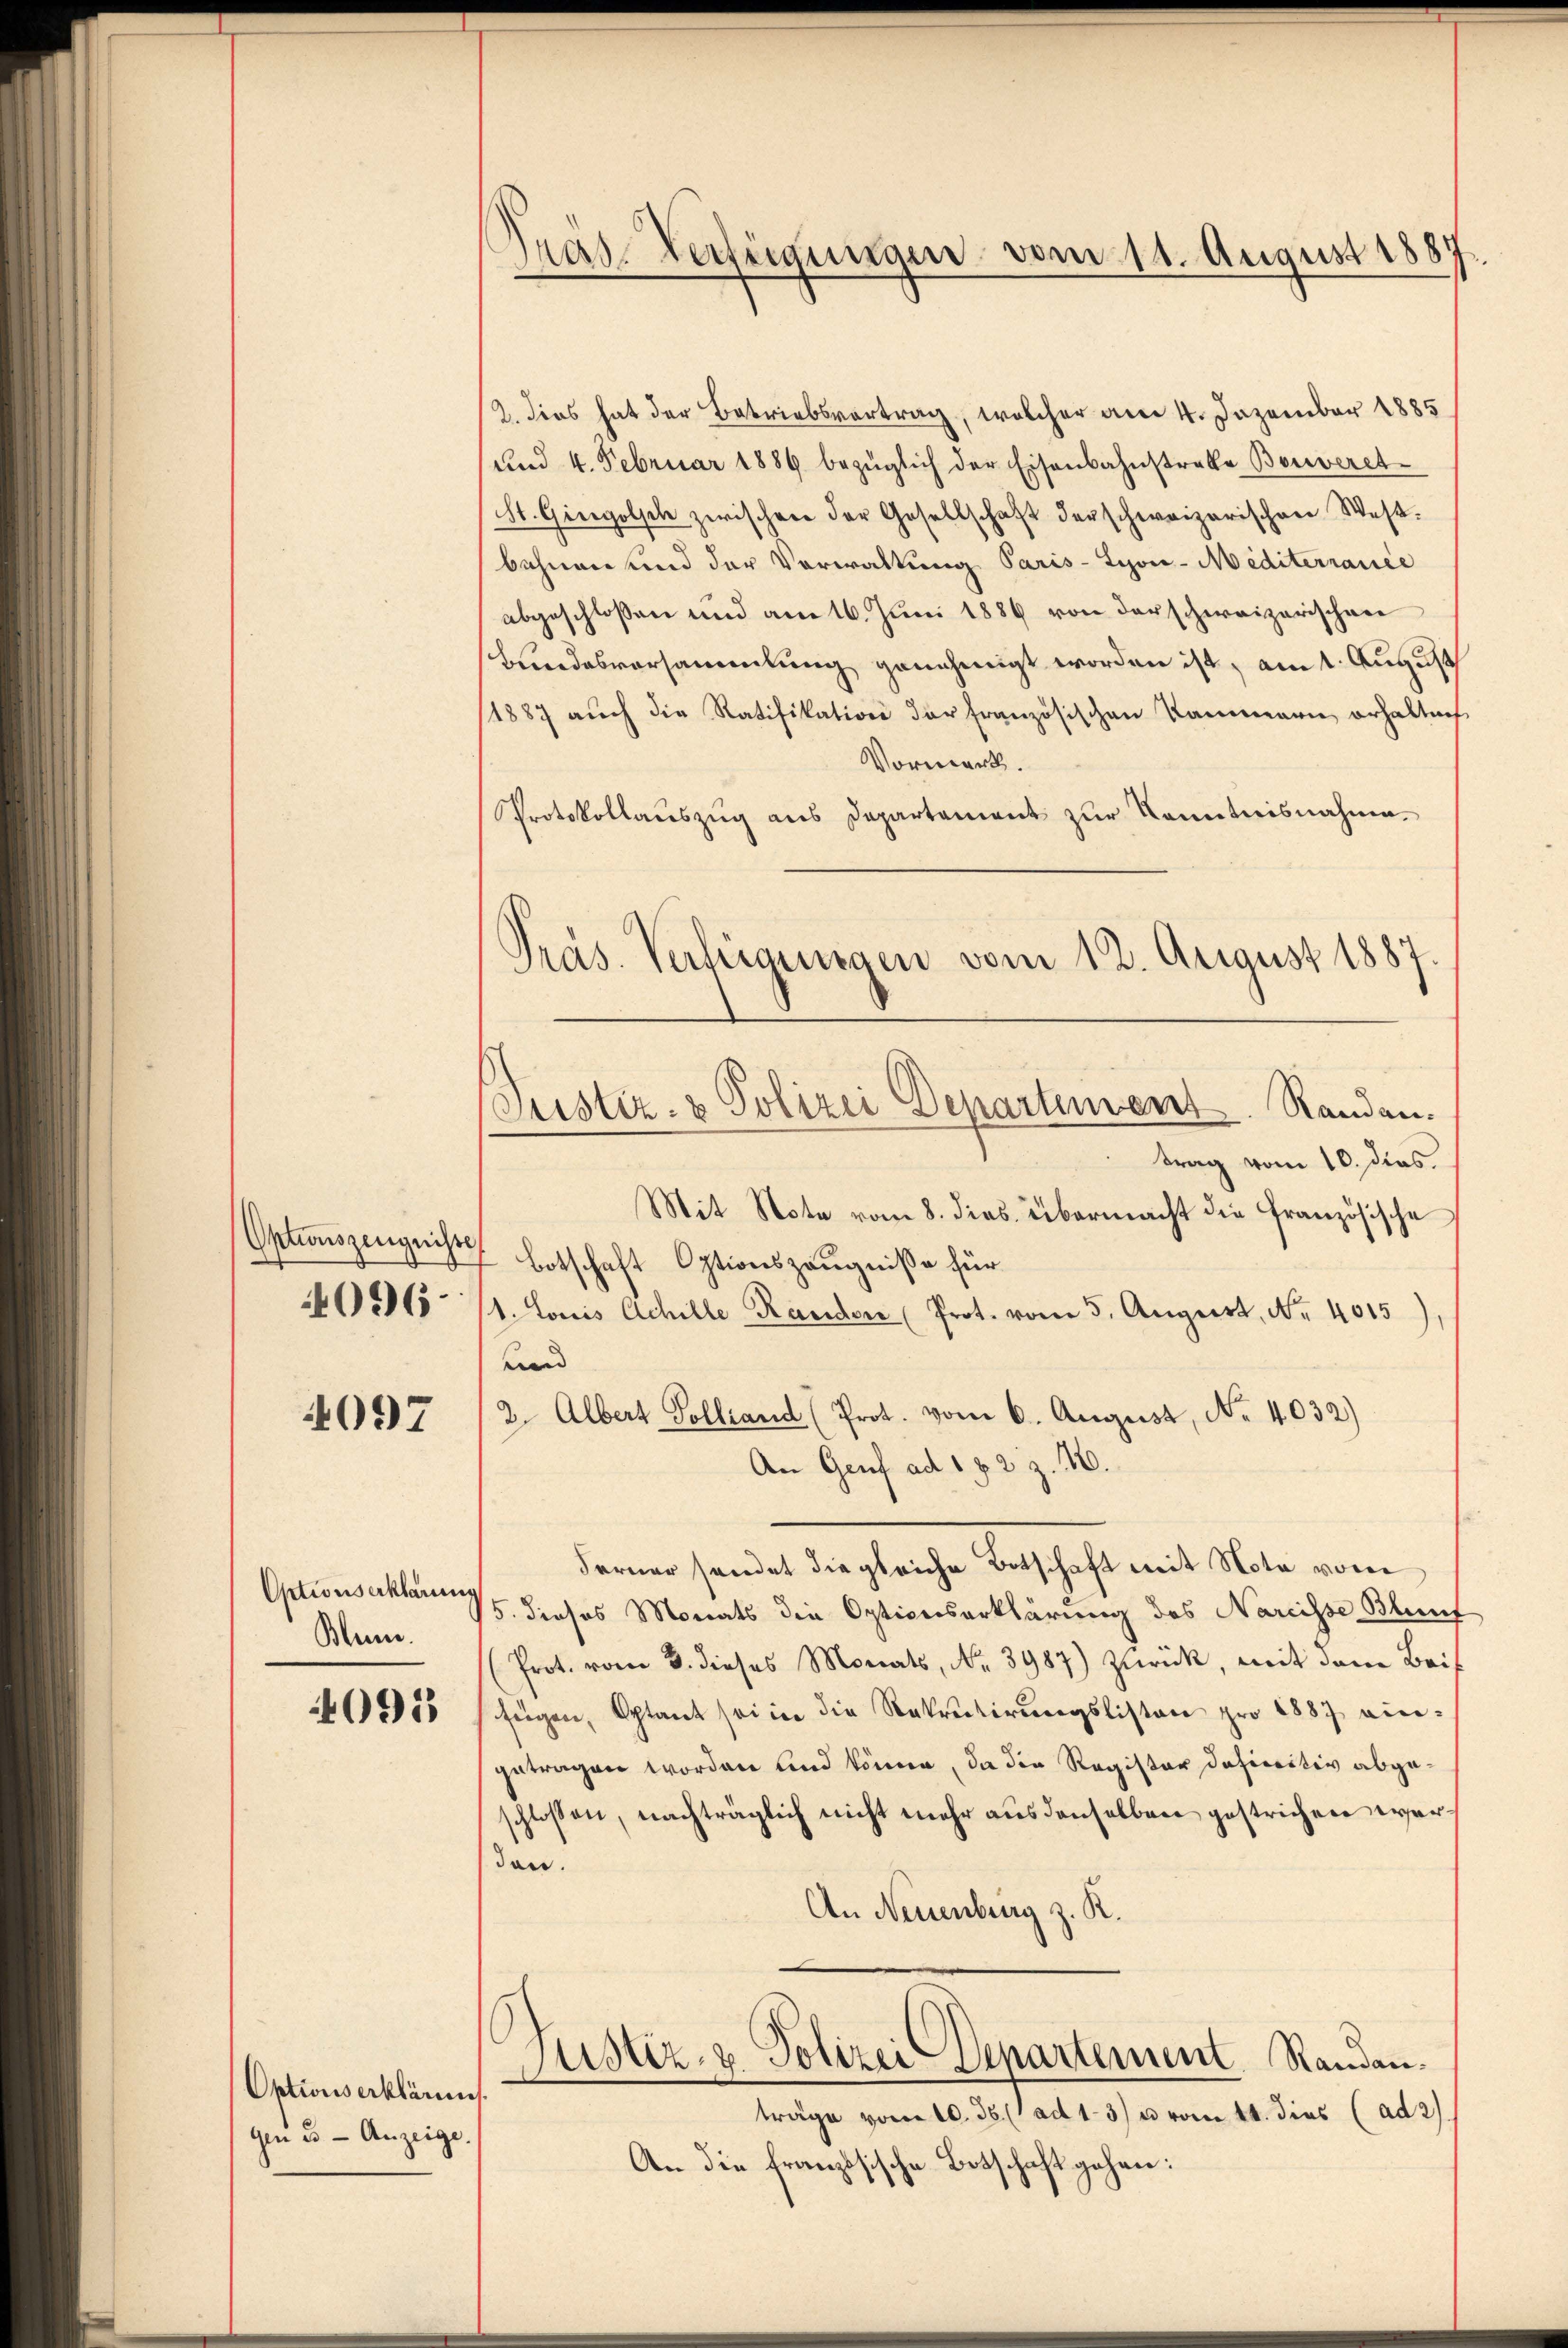
Optionszeugnisse
096

4097

Optionserklärung
Blem.

4091

Optionserklärung
gen u. - Anzeige.

Gras-Verfügungen vom 11. August 1887.

2. dies hat der Betriebsvortrag, welcher am 4. Dezember 1885
und 4. Februar 1886 bezüglich der Eisenbahnstrakte Bouveret-
St. Giergolsch zwischere der Gesellschaft der schweizerischen West-
bahnen und der Vorwaltung Paris-Syon-Mediterraiee
abgeschlossen und am 16. Juni 1889 von der schweizerischen
Bundesversammlung genehmigt worden ist, am 1. August
1887 aŭch die Ratifikation der französischen Kammern erhaltnis
Vormerk.
Protokollauszug aus Departement zur Kenntnisnahme.
trag vom 10. dies
Mit Note vom 8. dies übermacht die Französische
Botschaft Optionszeugniße für
1. Louis Achille Rander Prot. vom 5. August, Nr. 4015),
end |
2. Albert Tolland (Prot. vom 6. August, No. 4032)
An Genf ad 1 § 2 Z. 46.
Ferner sendet die gleiche Botschaft mit Nota vom
/5. dieses Monats die Optionserklärung des Nareisse Blunf
Prot. vom 3. dieses Monats, Nr. 3987) Zurück, mit dem Beis
fügen, Sptant sei in die Rekretirungslisten pro 1887 eingetragen worden und könne, da die Register definitiv abgeschlossen, nachträglich nicht mehr aus denselben gestrichen werden.
An Neuenburg z. R.
.
Justiz- & Polizei Departement Randen.
träge vom 10. 36 (1 ad 1. 3) u vom 14. dies (ad 2.
An die französische Botschaft gehen:

Präs. Verfügungen vom 12. August 1887

Justiz- & Polizei Departement.   Randau.